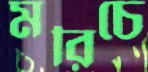
মরিচে